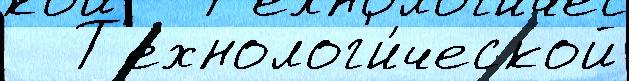
   Т'ехнолог'и́ческой